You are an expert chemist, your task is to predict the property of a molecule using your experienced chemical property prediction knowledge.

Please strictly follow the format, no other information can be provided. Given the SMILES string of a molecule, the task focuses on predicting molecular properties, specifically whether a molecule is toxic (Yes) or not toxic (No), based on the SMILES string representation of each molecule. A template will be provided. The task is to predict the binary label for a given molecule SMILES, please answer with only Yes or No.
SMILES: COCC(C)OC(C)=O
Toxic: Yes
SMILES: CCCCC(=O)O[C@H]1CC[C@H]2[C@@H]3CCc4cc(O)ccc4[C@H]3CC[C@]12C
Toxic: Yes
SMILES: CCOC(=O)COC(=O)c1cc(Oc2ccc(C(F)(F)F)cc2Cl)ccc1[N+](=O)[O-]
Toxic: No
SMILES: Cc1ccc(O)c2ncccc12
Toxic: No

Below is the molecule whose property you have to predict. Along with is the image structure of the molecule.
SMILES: C=CCNc1nc(NCC=C)nc(N2CCN(C(c3ccc(F)cc3)c3ccc(F)cc3)CC2)n1
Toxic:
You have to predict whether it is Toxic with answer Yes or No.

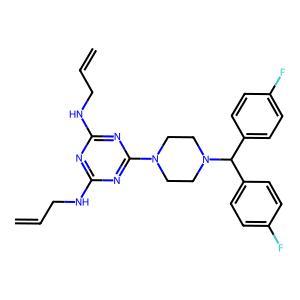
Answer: No